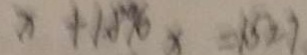
x + 1 . 8 \% x = 1 . 5 2 7